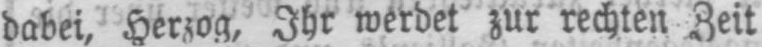
dabei, Herzog, Ihr werdet zur rechten Zeit